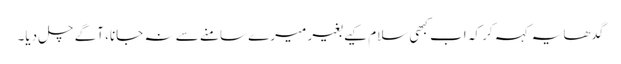
گدھا یہ کہہ کر کہ اب کبھی سلام کیے بغیر میرے سامنے سے نہ جانا، آگے چل دیا۔